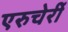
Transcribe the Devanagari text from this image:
एरुचेर्री